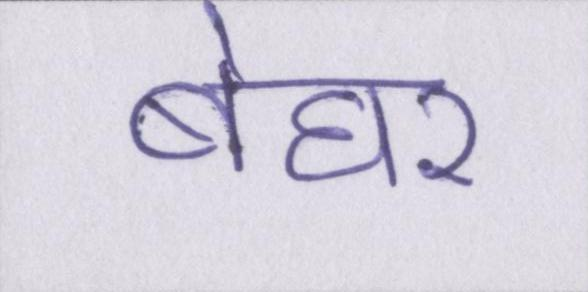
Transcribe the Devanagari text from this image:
बेघर